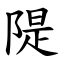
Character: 隄